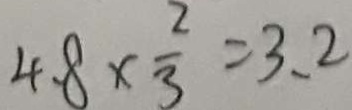
4 . 8 \times \frac { 2 } { 3 } = 3 . 2